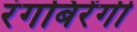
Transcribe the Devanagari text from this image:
रंगबिरेंगी